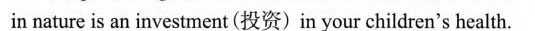
in nature is an investment (投资)in your children's health.